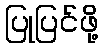
ပြုပြင်ဖို့